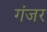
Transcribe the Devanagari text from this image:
गंजर